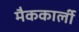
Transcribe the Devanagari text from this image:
मैककार्ली